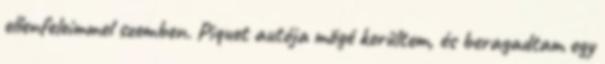
ellenfeleimmel szemben. Piquet autója mögé kerültem, és beragadtam egy